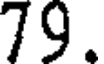
79.